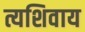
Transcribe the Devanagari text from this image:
त्यशिवाय